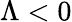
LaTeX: \Lambda<0